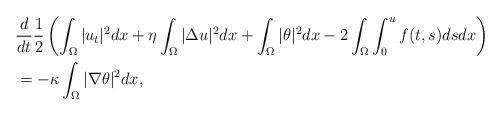
LaTeX: \begin{align*}&\dfrac{d}{dt}\dfrac{1}{2}\left(\displaystyle\int_\Omega|u_t|^2dx+\eta\displaystyle\int_\Omega| \Delta u|^2dx+\displaystyle\int_\Omega|\theta|^2dx-2\displaystyle\int_\Omega\int_0^u f(t,s)dsdx\right)\\&=-\kappa\displaystyle\int_\Omega|\nabla \theta|^2dx,\end{align*}